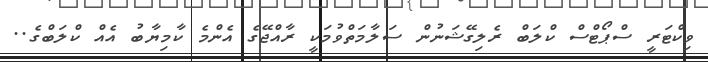
ވިކްޓަރީ ސްޕޯޓްސް ކްލަބް ރެލިގޭޝަނުން ސަލާމަތްވުމަކީ ރާއްޖޭގެ އެންމެ ކާމިޔާބު އެއް ކްލަބްގެ..